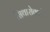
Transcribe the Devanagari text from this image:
सिथारोवाले